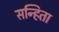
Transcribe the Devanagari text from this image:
सन्हिता